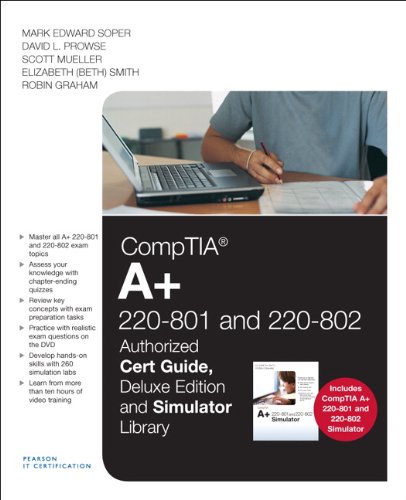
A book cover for CompTIA A+ 220-801 and 220-802 Cert Guide, Deluxe Edition and Simulator Bundle; Mark Edward Soper; Computers & Technology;